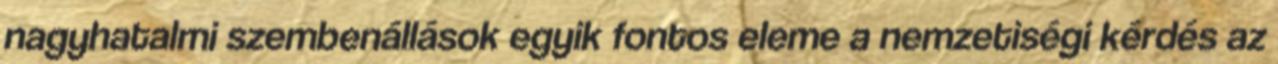
nagyhatalmi szembenállások egyik fontos eleme a nemzetiségi kérdés az